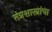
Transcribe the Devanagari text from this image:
तंत्रशास्त्रांचा